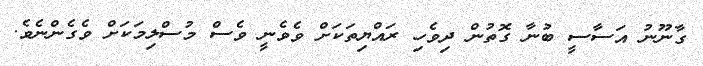
ގާނޫނު އަސާސީ ބުނާ ގޮތުން ދިވެހި ރައްޔިތަކަށް ވެވެނީ ވެސް މުސްލިމަކަށް ވެގެންނެވެ.